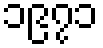
၁၉၇၁